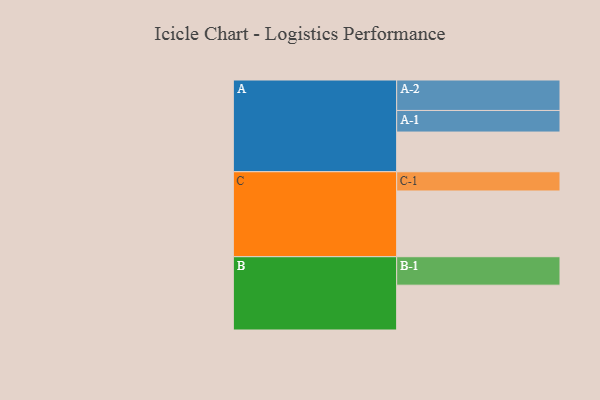
{"axis": {"x": "Segment", "y": "Value"}, "legend": ["", "A", "B", "C"], "data": [{"x": "A", "y": 340, "type": ""}, {"x": "B", "y": 384, "type": ""}, {"x": "C", "y": 563, "type": ""}, {"x": "A-1", "y": 185, "type": "A"}, {"x": "A-2", "y": 261, "type": "A"}, {"x": "B-1", "y": 244, "type": "B"}, {"x": "C-1", "y": 165, "type": "C"}]}